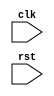
module pcie_controller(
    input wire clk,
    input wire rst,
    // Add input/output ports as needed for communication between devices
    // Add module instantiations for clock domain crossing logic, FIFO buffers, timing generators, state machines, etc.
);

    // Declare internal signals and components
    
    // Clock domain crossing logic
    
    // FIFO buffers
    
    // Timing generators
    
    // State machines
    
    // Implement PCI Express communication protocols
    
    // Handle arbitration
    
    // Implement error detection and recovery mechanisms
    
endmodule